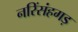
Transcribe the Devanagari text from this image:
नरिंसंहगड़